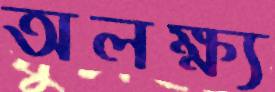
অলক্ষ্য